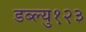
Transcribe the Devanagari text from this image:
डब्ल्यु१२३